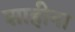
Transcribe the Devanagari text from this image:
शाहीना